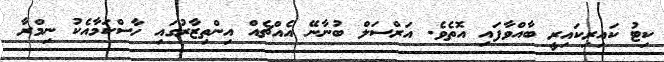
ކިޓު ކައިރިކައިރީ ބާއްވާފައި އޮތެވެ. އަރްސަލް ބުނާނޭ އެއްޗެއް އިންތިޒާރުގައި ހާސްކަމާއެކު ނިމްރާ